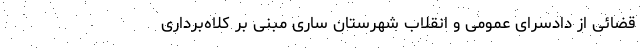
قضائی از دادسرای عمومی و انقلاب شهرستان ساری مبنی بر کلاه‌برداری